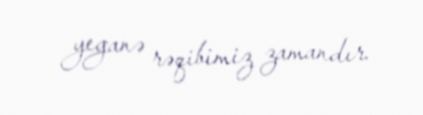
yeganə rəqibimiz zamandır.